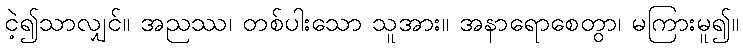
ငဲ့၍သာလျှင်။ အညဿ၊ တစ်ပါးသော သူအား။ အနာရောစေတွာ၊ မကြားမူ၍။